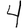
Digit: 4